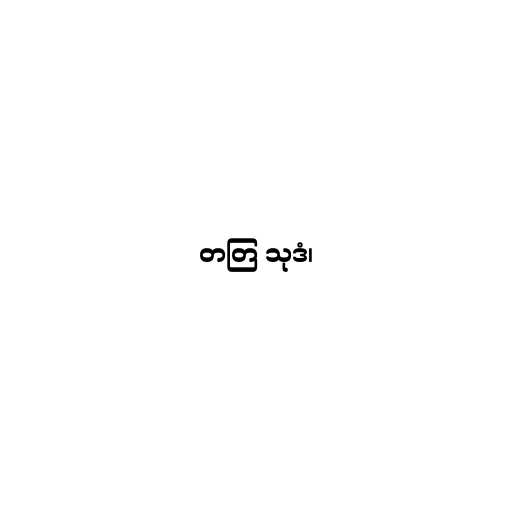
တတြ သုဒံ၊